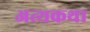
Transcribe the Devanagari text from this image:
अत्थकथा